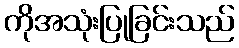
ကိုအသုံးပြုခြင်းသည်